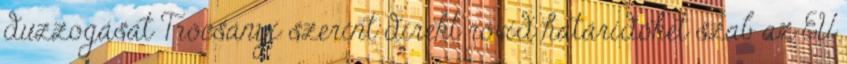
duzzogását Trócsányi szerint direkt rövid határidőket szab az EU